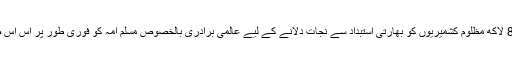
شاہ محمود قریشی نے کہا کہ 80 لاکھ مظلوم کشمیریوں کو بھارتی استبداد سے نجات دلانے کے لیے عالمی برادری بالخصوص مسلم امہ کو فوری طور پر اس اس صورت حال کا نوٹس لینا چاہئے۔